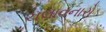
ચલાવનારો